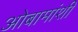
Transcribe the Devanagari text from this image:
ओबामांशी